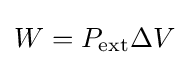
W=P_{\text{ext}}\Delta V